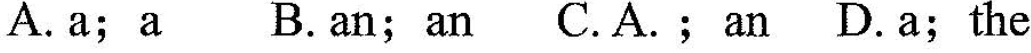
A. a; a B.an;an C.A.;an D.a;the